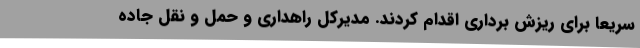
سریعا برای ریزش برداری اقدام کردند. مدیرکل راهداری و حمل و نقل جاده